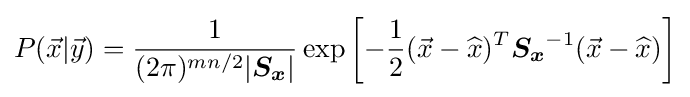
P({\vec {x}}|{\vec {y}})={\frac {1}{(2\pi )^{mn/2}|{\boldsymbol {S_{x}}}|}}\exp \left[-{\frac {1}{2}}({\vec {x}}-{\widehat {x}})^{T}{\boldsymbol {S_{x}}}^{-1}({\vec {x}}-{\widehat {x}})\right]